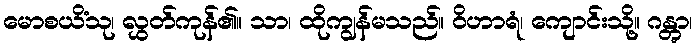
မောစယိံသု၊ လွှတ်ကုန်၏။ သာ၊ ထိုကျွန်မသည်။ ဝိဟာရံ၊ ကျောင်းသို့။ ဂန္တွာ၊